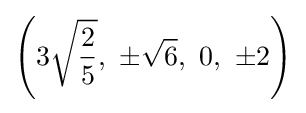
\left(3{\sqrt {\frac {2}{5}}},\ \pm {\sqrt {6}},\ 0,\ \pm 2\right)